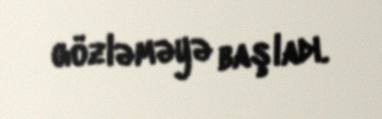
gözləməyə başladı.